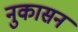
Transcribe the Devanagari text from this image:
नुकासन